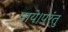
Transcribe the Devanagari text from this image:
पाये।परंतु